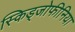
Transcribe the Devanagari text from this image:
स्किड्जोफीनिया